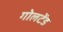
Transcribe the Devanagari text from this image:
गोलटेंड